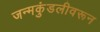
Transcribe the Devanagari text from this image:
जन्मकुंडलीवरून